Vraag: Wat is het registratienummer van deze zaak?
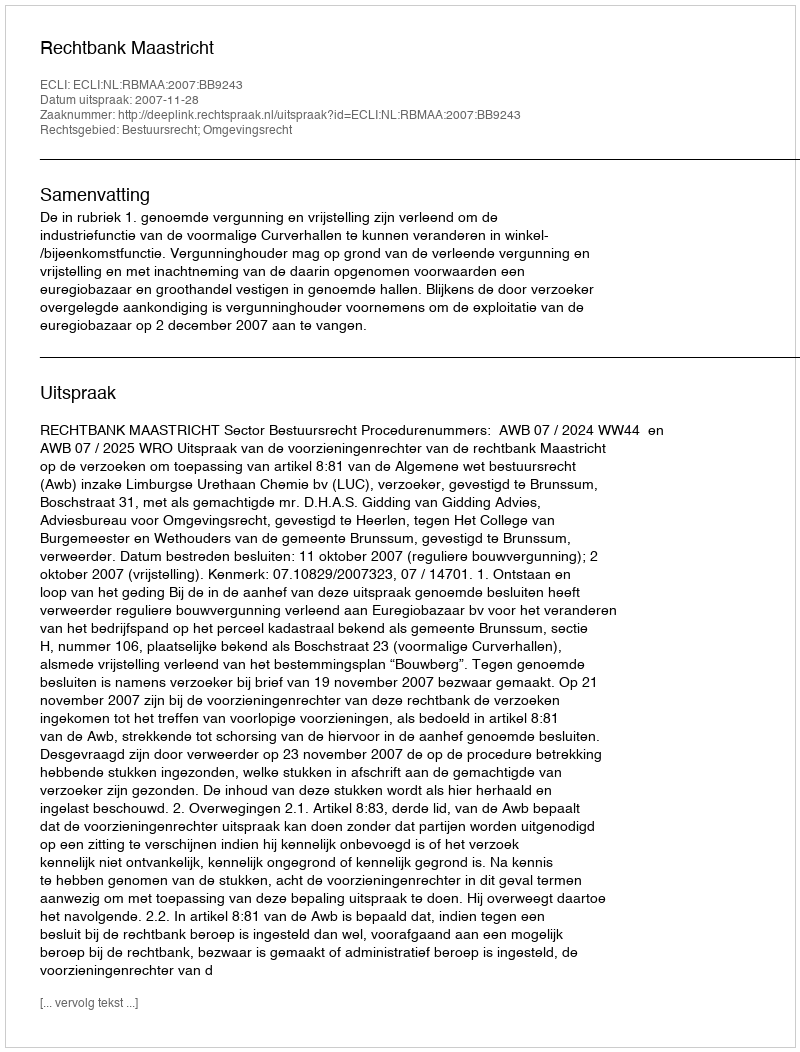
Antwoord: http://deeplink.rechtspraak.nl/uitspraak?id=ECLI:NL:RBMAA:2007:BB9243